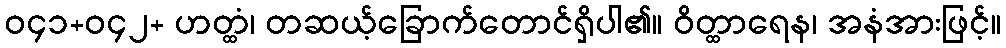
ဝ၄၁+ဝ၄၂+ ဟတ္ထံ၊ တဆယ့်ခြောက်တောင်ရှိပါ၏။ ဝိတ္ထာရေန၊ အနံအားဖြင့်။